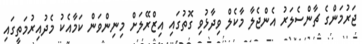
ޖަރުމަންގެ ޗާންސެލަރު އެންޖެލާ މާކެލް ވިދާޅުވި ގޮތުގައި އިޒްރޭލަށް މިނިންވަން ކަމާއެކު މެދުއިރުމަތީގައި